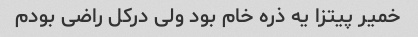
خمیر پیتزا یه ذره خام بود ولی درکل راضی بودم